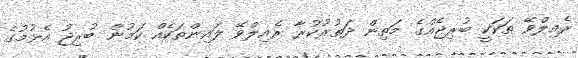
ރެއިލްވޭ ތަކަކީ ބުރިޖެއްގެ މަތިން ދަތުރުކުރާ ރެއިލްވޭ ލައިންތަކެއް ކަމުން ބުރިޖު އެޅުމުގެ